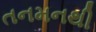
તનમનથી